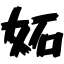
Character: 妬